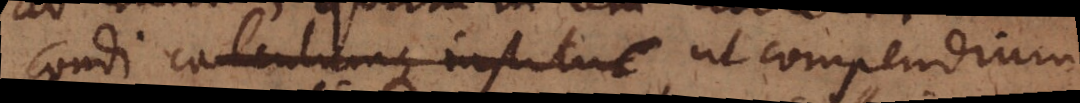
condi calculumque institui ut compendium